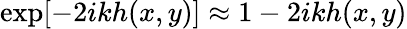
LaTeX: \mathrm{exp}[-2ikh(x,y)]\approx 1-2ikh(x,y)